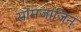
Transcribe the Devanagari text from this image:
सोमजाजिन्